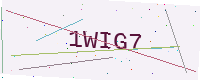
Text: 1WIG7